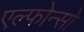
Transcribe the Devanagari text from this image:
एल्फोन्सो